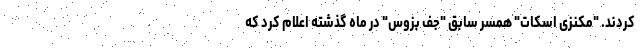
کردند. "مکنزی اسکات" همسر سابق "جف بزوس" در ماه گذشته اعلام کرد که